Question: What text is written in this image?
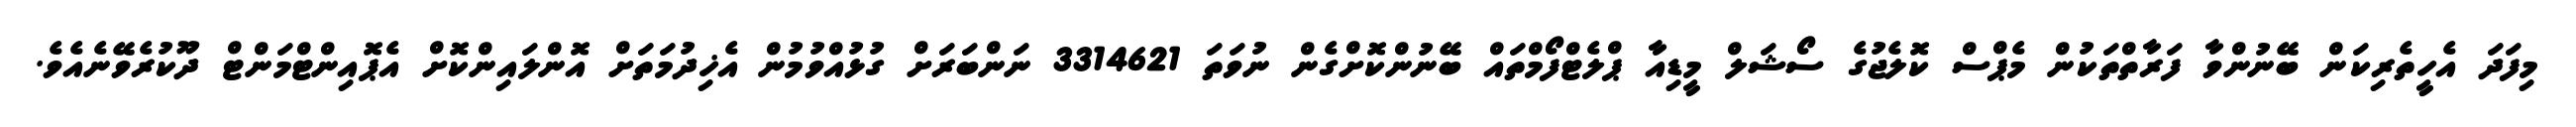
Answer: މިފަދަ އެހީތެރިކަން ބޭނުންވާ ފަރާތްތަކުން މެޕްސް ކޮލެޖުގެ ސޯޝަލް މީޑިއާ ޕްލެޓްފޯމްތައް ބޭނުންކޮށްގެން ނުވަތަ 3314621 ނަންބަރަށް ގުޅުއްވުމުން އެޚިދުމަތަށް އޮންލައިންކޮށް އެޕޮއިންޓްމަންޓް ދޫކުރެވޭނެއެވެ.